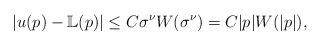
LaTeX: \begin{align*}|u(p)-\mathbb{L}(p)|\leq C\sigma^{\nu}W(\sigma^{\nu})=C |p|W(|p|),\end{align*}